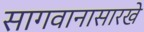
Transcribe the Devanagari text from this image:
सागवानासारखे